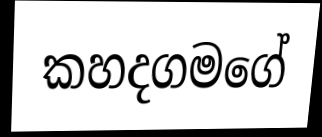
කහදගමගේ